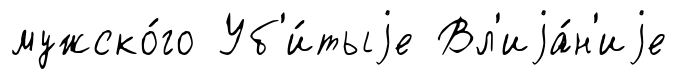
мужско́го Уб'и́тыjе Вл'иjа́н'иjе